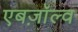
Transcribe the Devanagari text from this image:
एबज़ॉल्व